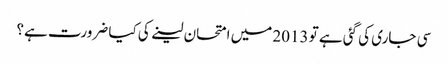
سی جاری کی گئی ہے تو 2013 میں امتحان لینے کی کیا ضرورت ہے؟